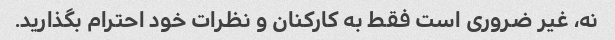
نه، غیر ضروری است فقط به کارکنان و نظرات خود احترام بگذارید.